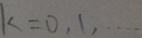
k = 0 , 1 , \cdots